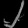
Digit: ၂